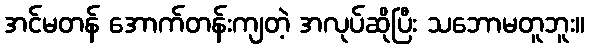
အင်မတန် အောက်တန်းကျတဲ့ အလုပ်ဆိုပြီး သဘောမတူဘူး။